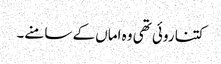
کتنا روئی تھی وہ اماں کے سامنے۔